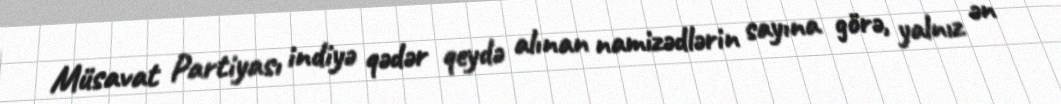
Müsavat Partiyası indiyə qədər qeydə alınan namizədlərin sayına görə, yalnız ən